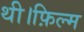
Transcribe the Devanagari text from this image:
थी।फ़िल्म